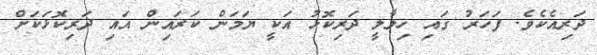
ދަރިއެކެވެ. ފަހަރު ގައި ހިލާލީ ދަރިކޮޅު އަކީ ޔަމަން ކަރައިން އައި ދަރިކޮޅަކަށް